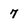
Character: 7